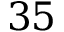
3 5